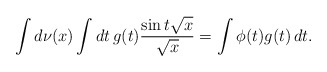
\begin{align*}\int d\nu(x) \int dt\, g(t)\frac{\sin{t\sqrt{x}}}{\sqrt{x}} = \int \phi(t)g(t)\, dt .\end{align*}